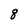
Character: g